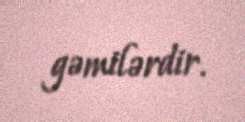
gəmilərdir.